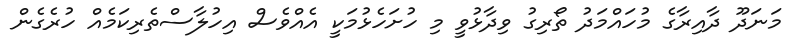
މަނަދޫ ދާއިރާގެ މުހައްމަދު ތޯރިގު ވިދާޅުވީ މި ހުށަހެޅުމަކީ އެއްވެސް އިހުލާސްތެރިކަމެއް ހުރެގެން